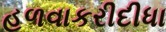
હળવાકરીદીધા